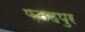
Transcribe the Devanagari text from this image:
फ़तहपुर